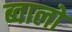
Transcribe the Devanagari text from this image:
ब्वालो